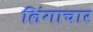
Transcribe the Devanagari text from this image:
लिंगाचार